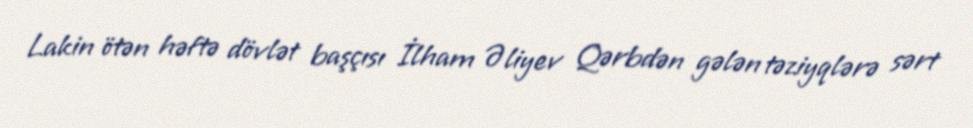
Lakin ötən həftə dövlət başçısı İlham Əliyev Qərbdən gələn təziyqlərə sərt